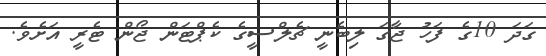
ގަދަ 10ގެ ފަހު ޖާގަ ލިބެނީ ޗެލްސީގެ ކެޕްޓަން ޖޯން ޓެރީ އަށެވެ.